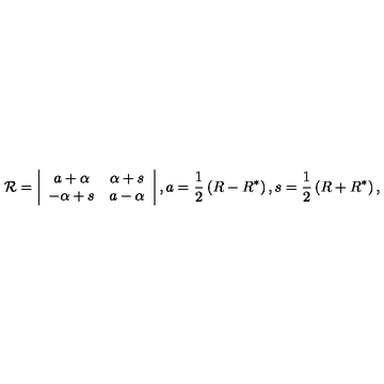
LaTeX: { \cal R } = \left| \begin{array} { c c } { a + \alpha } & { \alpha + s } \\ { - \alpha + s } & { a - \alpha } \\ \end{array} \right| , a = \frac 1 2 \left( R - R ^ { * } \right) , s = \frac 1 2 \left( R + R ^ { * } \right) ,